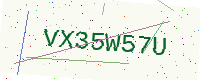
Text: VX35W57U